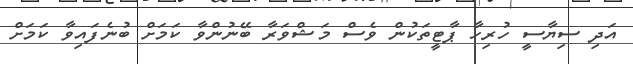
އަދި ސިޔާސީ ހުރިހާ ޕާޓީތަކުން ވެސް މަޝްވަރާ ބޭނުންވާ ކަމަށް ބުނެފައިވާ ކަމަށް